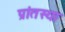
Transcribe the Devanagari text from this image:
प्रांतस्या